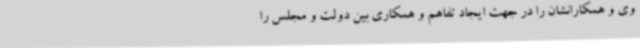
وی و همکارانشان را در جهت ایجاد تفاهم و همکاری بین دولت و مجلس را